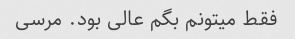
فقط میتونم بگم عالی بود. مرسی